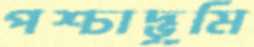
পশ্চাদ্‌ভূমি